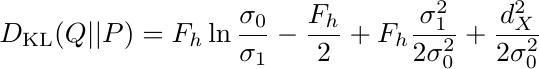
\begin{align*}
    D_\text{KL}(Q||P) = F_h \ln{\frac{\sigma_0}{\sigma_1}}- \frac{F_h}{2} + F_h\frac{\sigma_1^{2}}{2\sigma_0^{2}} + \frac{d_X^2}{2\sigma_0^{2}}\\
\end{align*}